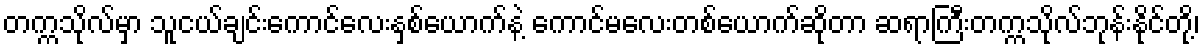
တက္ကသိုလ်မှာ သူငယ်ချင်းကောင်လေးနှစ်ယောက်နဲ့ ကောင်မလေးတစ်ယောက်ဆိုတာ ဆရာကြီးတက္ကသိုလ်ဘုန်းနိုင်တို့၊